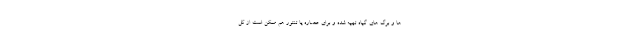
ها و برگ های گیاه تهیه شده و برای عصاره یا تنتور هم ممکن است از کل